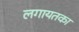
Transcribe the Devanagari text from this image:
लगायतका